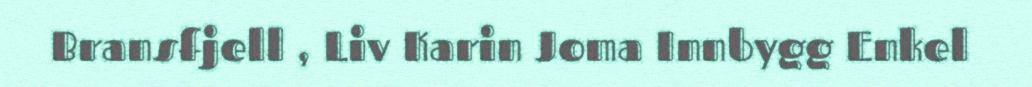
Bransfjell , Liv Karin Joma Innbygg Enkel